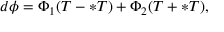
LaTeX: d \phi = \Phi _ { 1 } ( T - \ast T ) + \Phi _ { 2 } ( T + \ast T ) ,